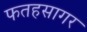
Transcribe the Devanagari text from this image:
फतहसागर